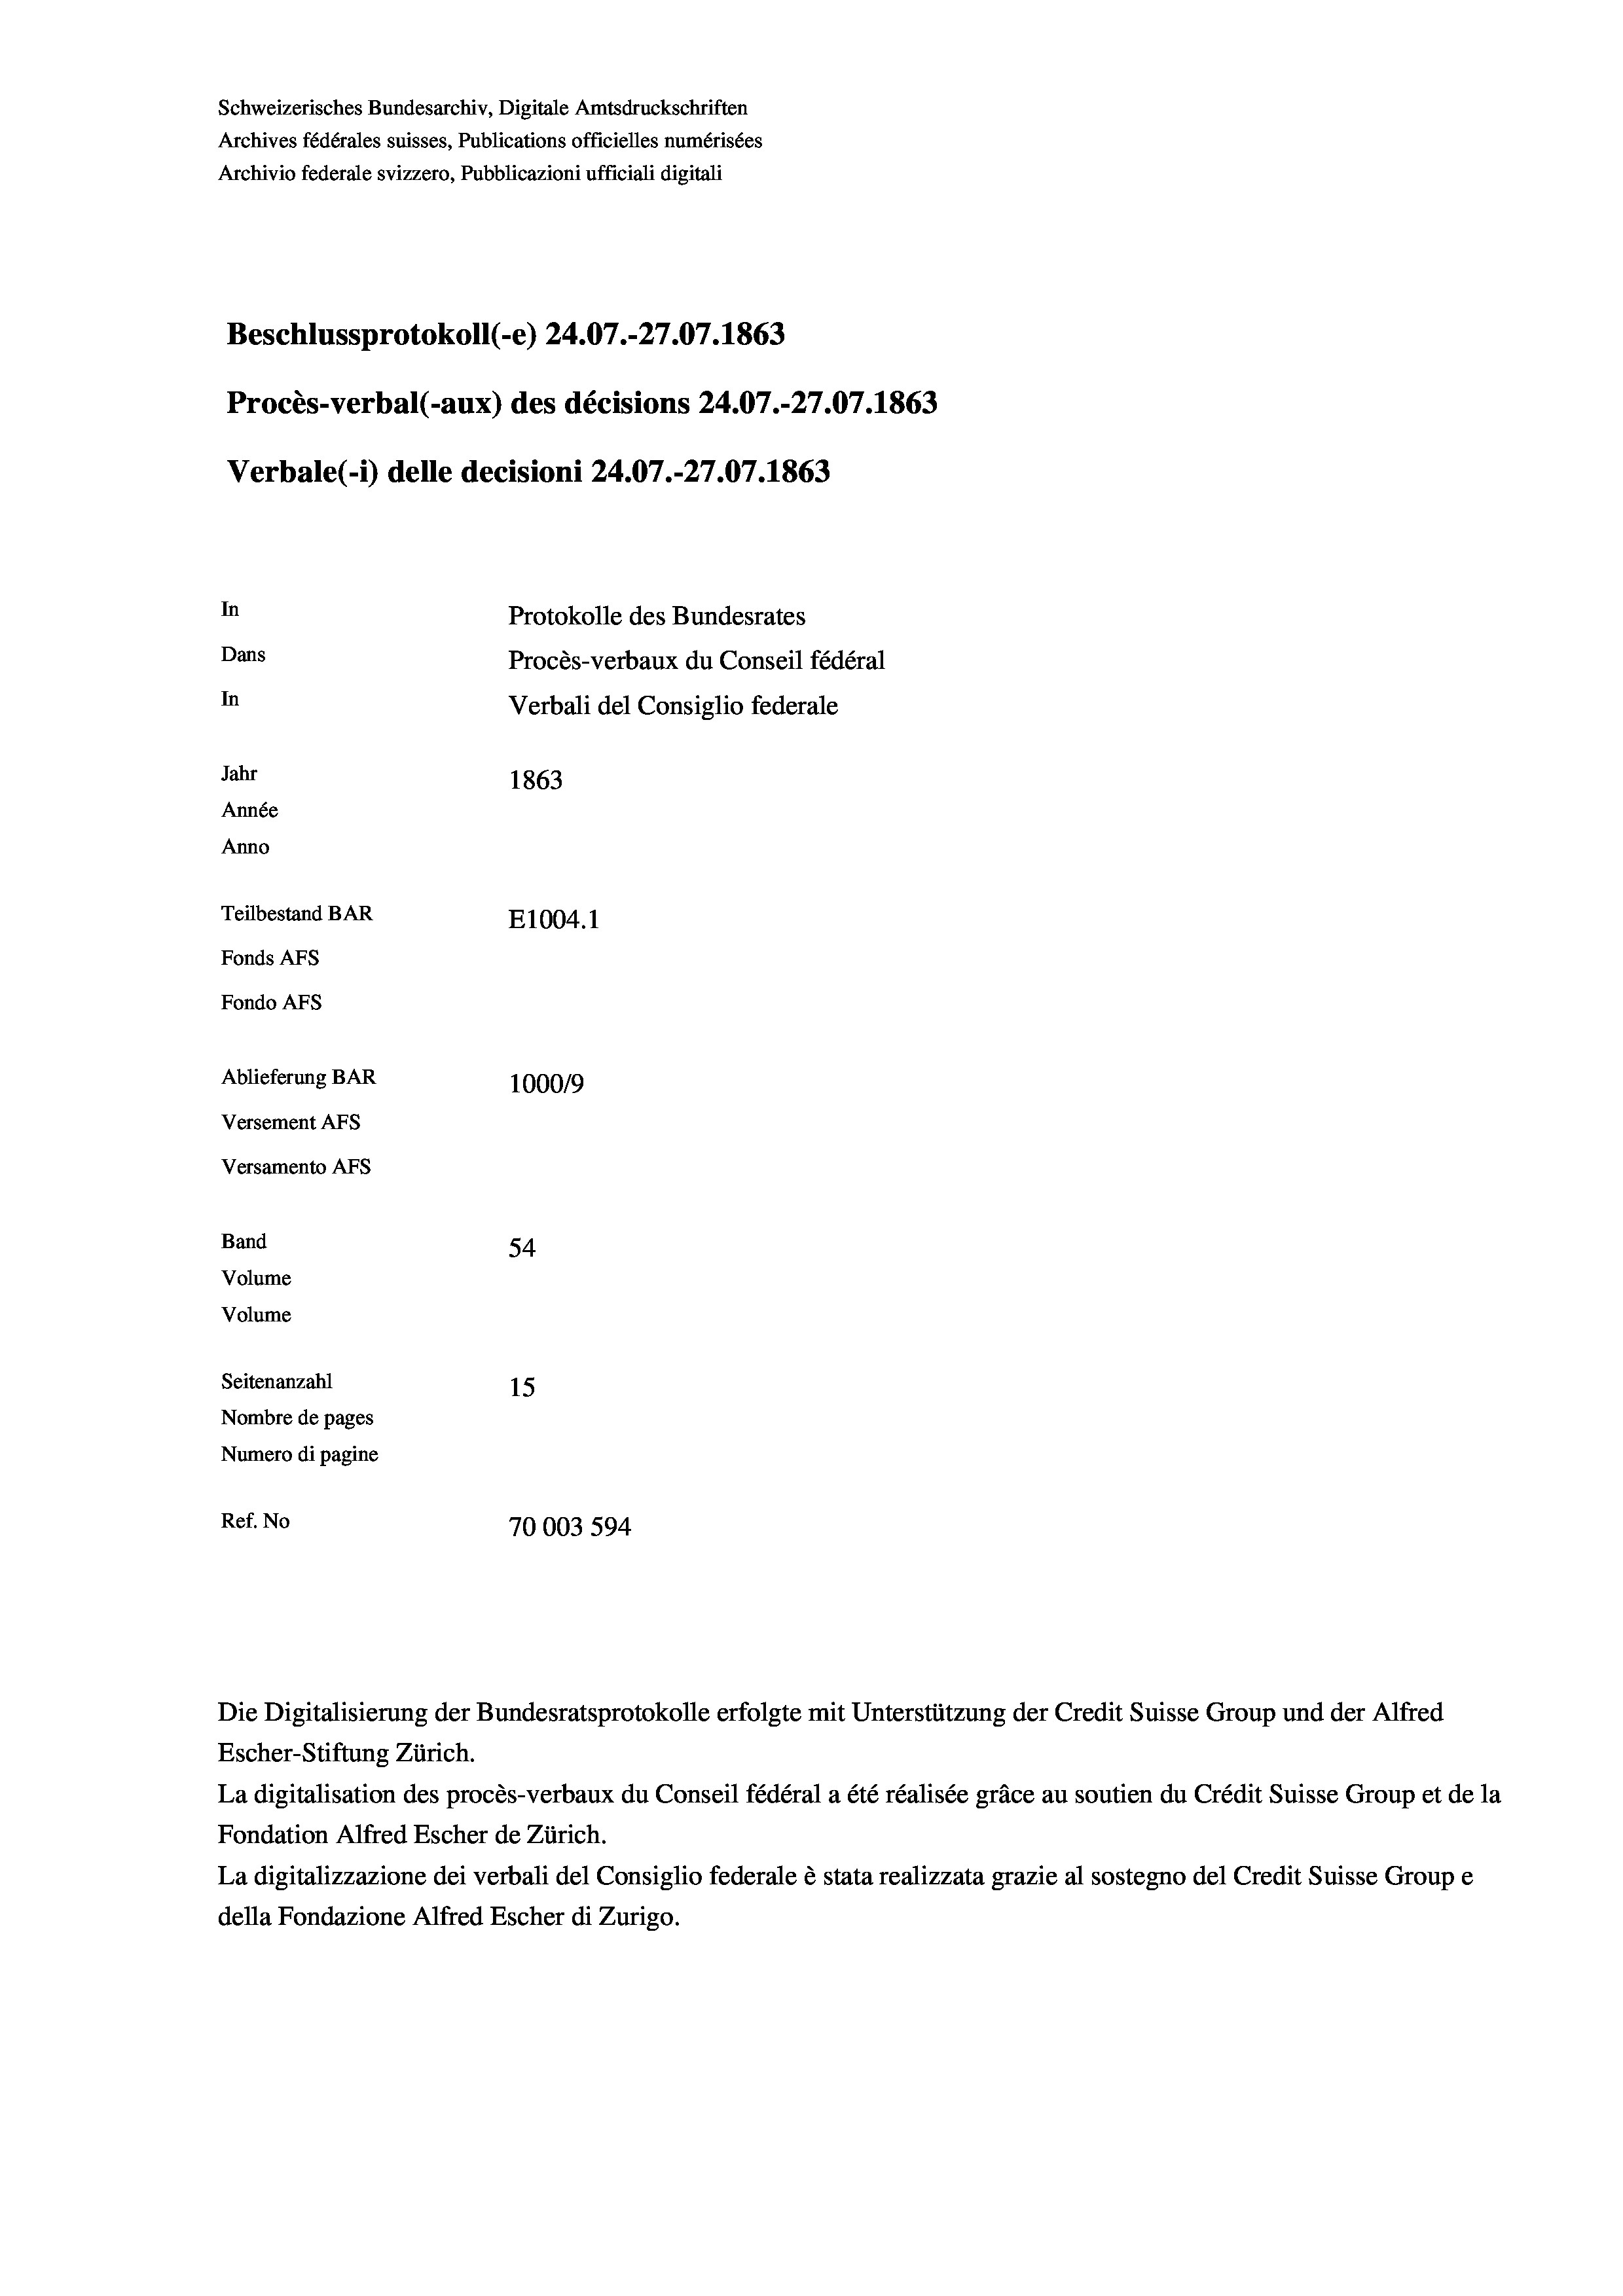
Schweizerisches Bundesarchiv, Digitale Amtsdruckschriften
Archives fédérales suisses, Publications officielles numérisées
Archivio federale svizzero, Pubblicazioni ufficiali digitali
Beschlussprotokoll (-e) 24.07.-27.07. 1863
Procès-verbal (-aux) des décisions 24.07.-27.07. 1863
Verbale (- 1) delle decisioni 24.07.-27.07. 1863
In
Protokolle des Bundesrates
Dans
Procès-verbaux du Conseil fédéral
In
Verbali del Consiglio federale
Jahr
1863
Année
Anno
Teilbestand BAR
E1004. 1
Fonds AFs
Fondo AFS
Ablieferung BAR
100019
Versement AFs
Versamento AFs
Band
54
Volume
Volume
Seitenanzahl
15
Nombre de pages
Numero di pagine
Ref. No
70003 594

Escher-Stiftung Zürich.
La digitalisation des procès-verbaux du Conseil fédéral a été réalisée gräce au soutien du Crédit Suisse Group et de la
Fondation Alfred Escher de Zürich.
La digitalizzazione dei verbali del Consiglio federale è stata realizzata grazie al sostegno del Credit Suisse Groupe
della Fondazione Alfred Escher di Zurigo.

Die Digitalisierung der Bundesratsprotokolle erfolgte mit Unterstützung der Credit Suisse Group und der Alfred